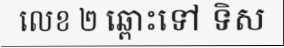
លេខ ២ ឆ្ពោះទៅ ទិស